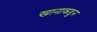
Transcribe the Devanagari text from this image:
खानाकडुन